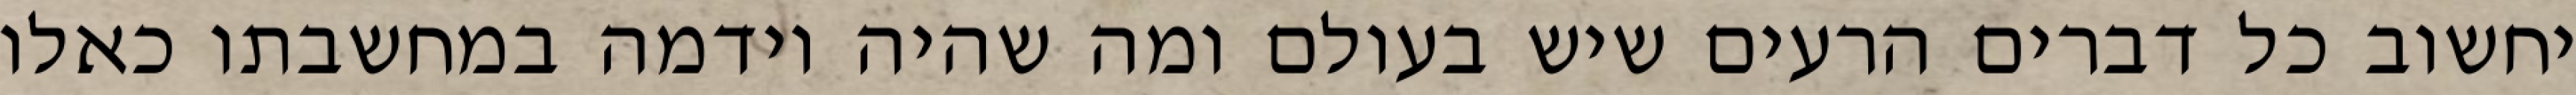
יחשוב כל דברים הרעים שיש בעולם ומה שהיה וידמה במחשבתו כאלו